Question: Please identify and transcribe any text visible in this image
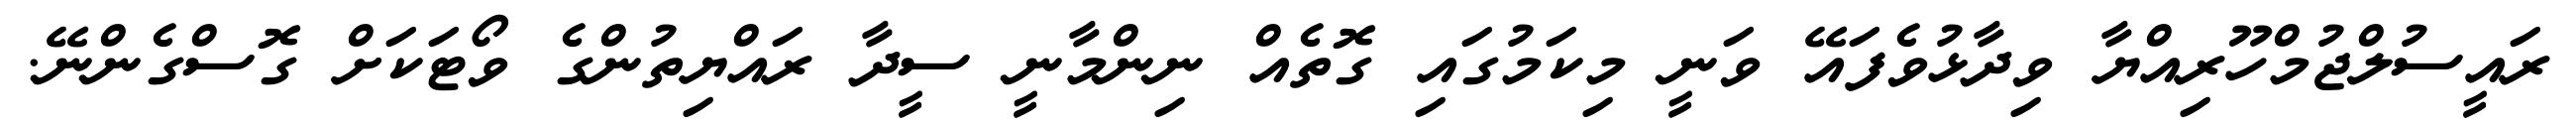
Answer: ރައީސުލްޖުމްހޫރިއްޔާ ވިދާޅުވެފައޭ ވަނީ މިކަމުގައި ގޮތެއް ނިންމާނީ ސީދާ ރައްޔިތުންގެ ވޯޓަކަށް ގޮސްގެންނޭ.